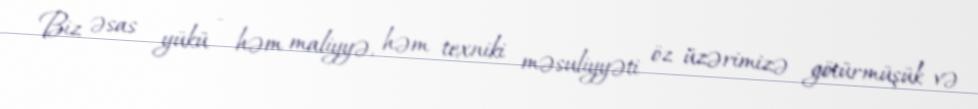
Biz əsas yükü - həm maliyyə, həm texniki məsuliyyəti öz üzərimizə götürmüşük və